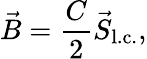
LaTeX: \vec{B}=\frac{C}{2}\vec{S}_{\mathrm{l.c.}},